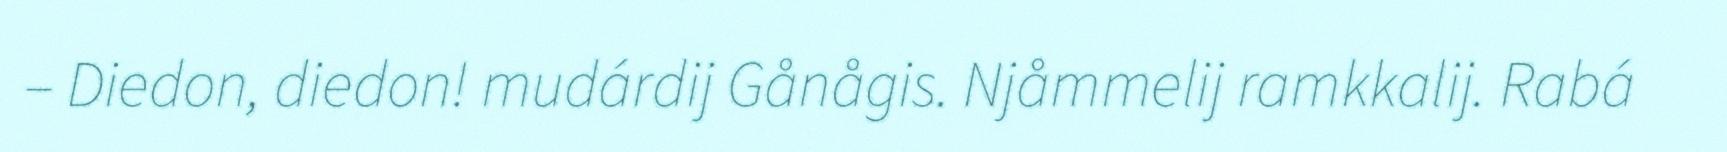
– Diedon, diedon! mudárdij Gånågis. Njåmmelij ramkkalij. Rabá